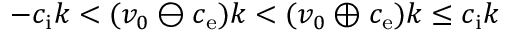
- c _ { \mathrm { i } } k < ( v _ { 0 } \ominus c _ { \mathrm { e } } ) k < ( v _ { 0 } \oplus c _ { \mathrm { e } } ) k \le c _ { \mathrm { i } } k